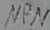
Text: NPN